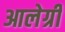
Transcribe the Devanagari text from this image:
आलेग्री